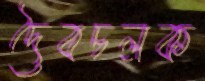
দৈবচলক